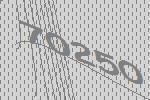
70250